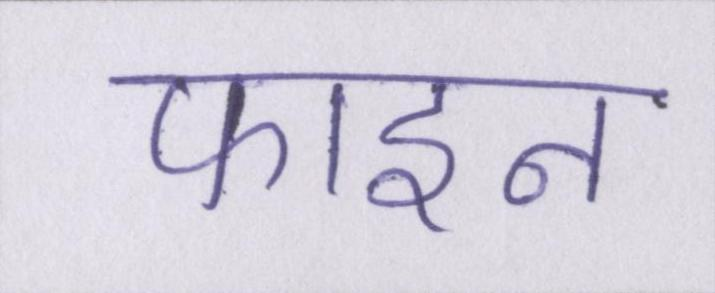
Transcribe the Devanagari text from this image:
फाइन